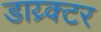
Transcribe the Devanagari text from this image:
डाय्र्क्टर